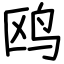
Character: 鸥